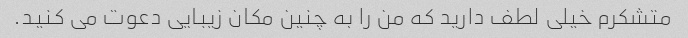
متشکرم خیلی لطف دارید که من را به چنین مکان زیبایی دعوت می کنید.